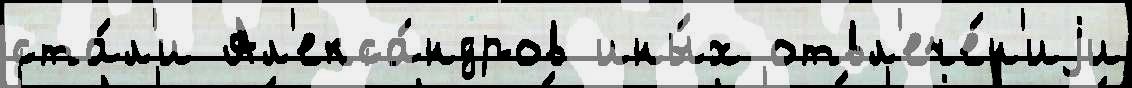
ста́л'и Ал'екса́ндров ины́х отвл'ече́н'иjи